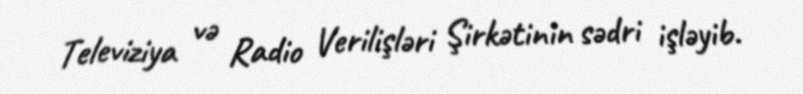
Televiziya və Radio Verilişləri Şirkətinin sədri işləyib.